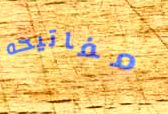
مفاتيحه